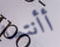
أأنتما